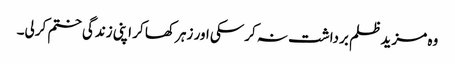
وہ مزید ظلم برداشت نہ کرسکی اور زہر کھا کر اپنی زندگی ختم کرلی۔